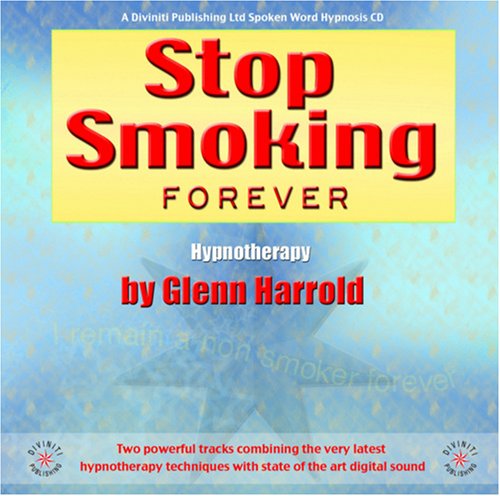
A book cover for Stop Smoking Forever; Glenn Harrold; Health, Fitness & Dieting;